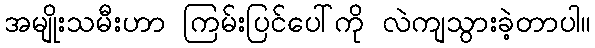
အမျိုးသမီးဟာ ကြမ်းပြင်ပေါ်ကို လဲကျသွားခဲ့တာပါ။